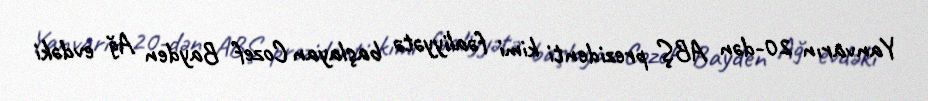
Yanvarın 20-dən ABŞ prezidenti kimi fəaliyyətə başlayan Cozef Bayden Ağ evdəki